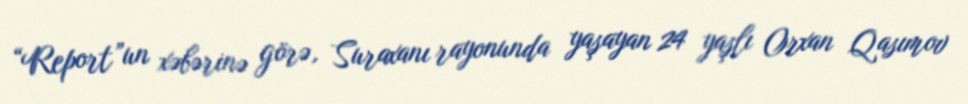
“Report”un xəbərinə görə, Suraxanı rayonunda yaşayan 24 yaşlı Orxan Qasımov